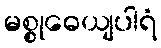
မစ္စုဓေယျပါရံ